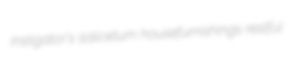
instigator's salicetum housefurnishings restful